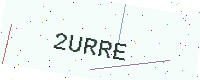
Text: 2URRE